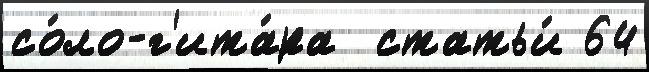
со́ло-г'ита́ра  статьи́ 64